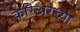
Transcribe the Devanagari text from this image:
करिअरच्या